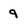
Character: 9